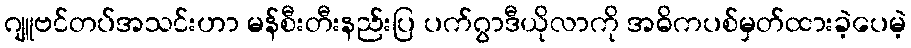
ဂျူဗင်တပ်အသင်းဟာ မန်စီးတီးနည်းပြ ပက်ဂွာဒီယိုလာကို အဓိကပစ်မှတ်ထားခဲ့ပေမဲ့